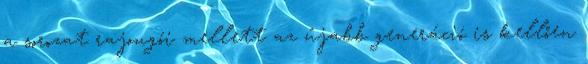
a sorozat rajongói mellett az újabb generáció is kellően